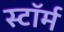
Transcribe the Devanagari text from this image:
स्टाॅर्म